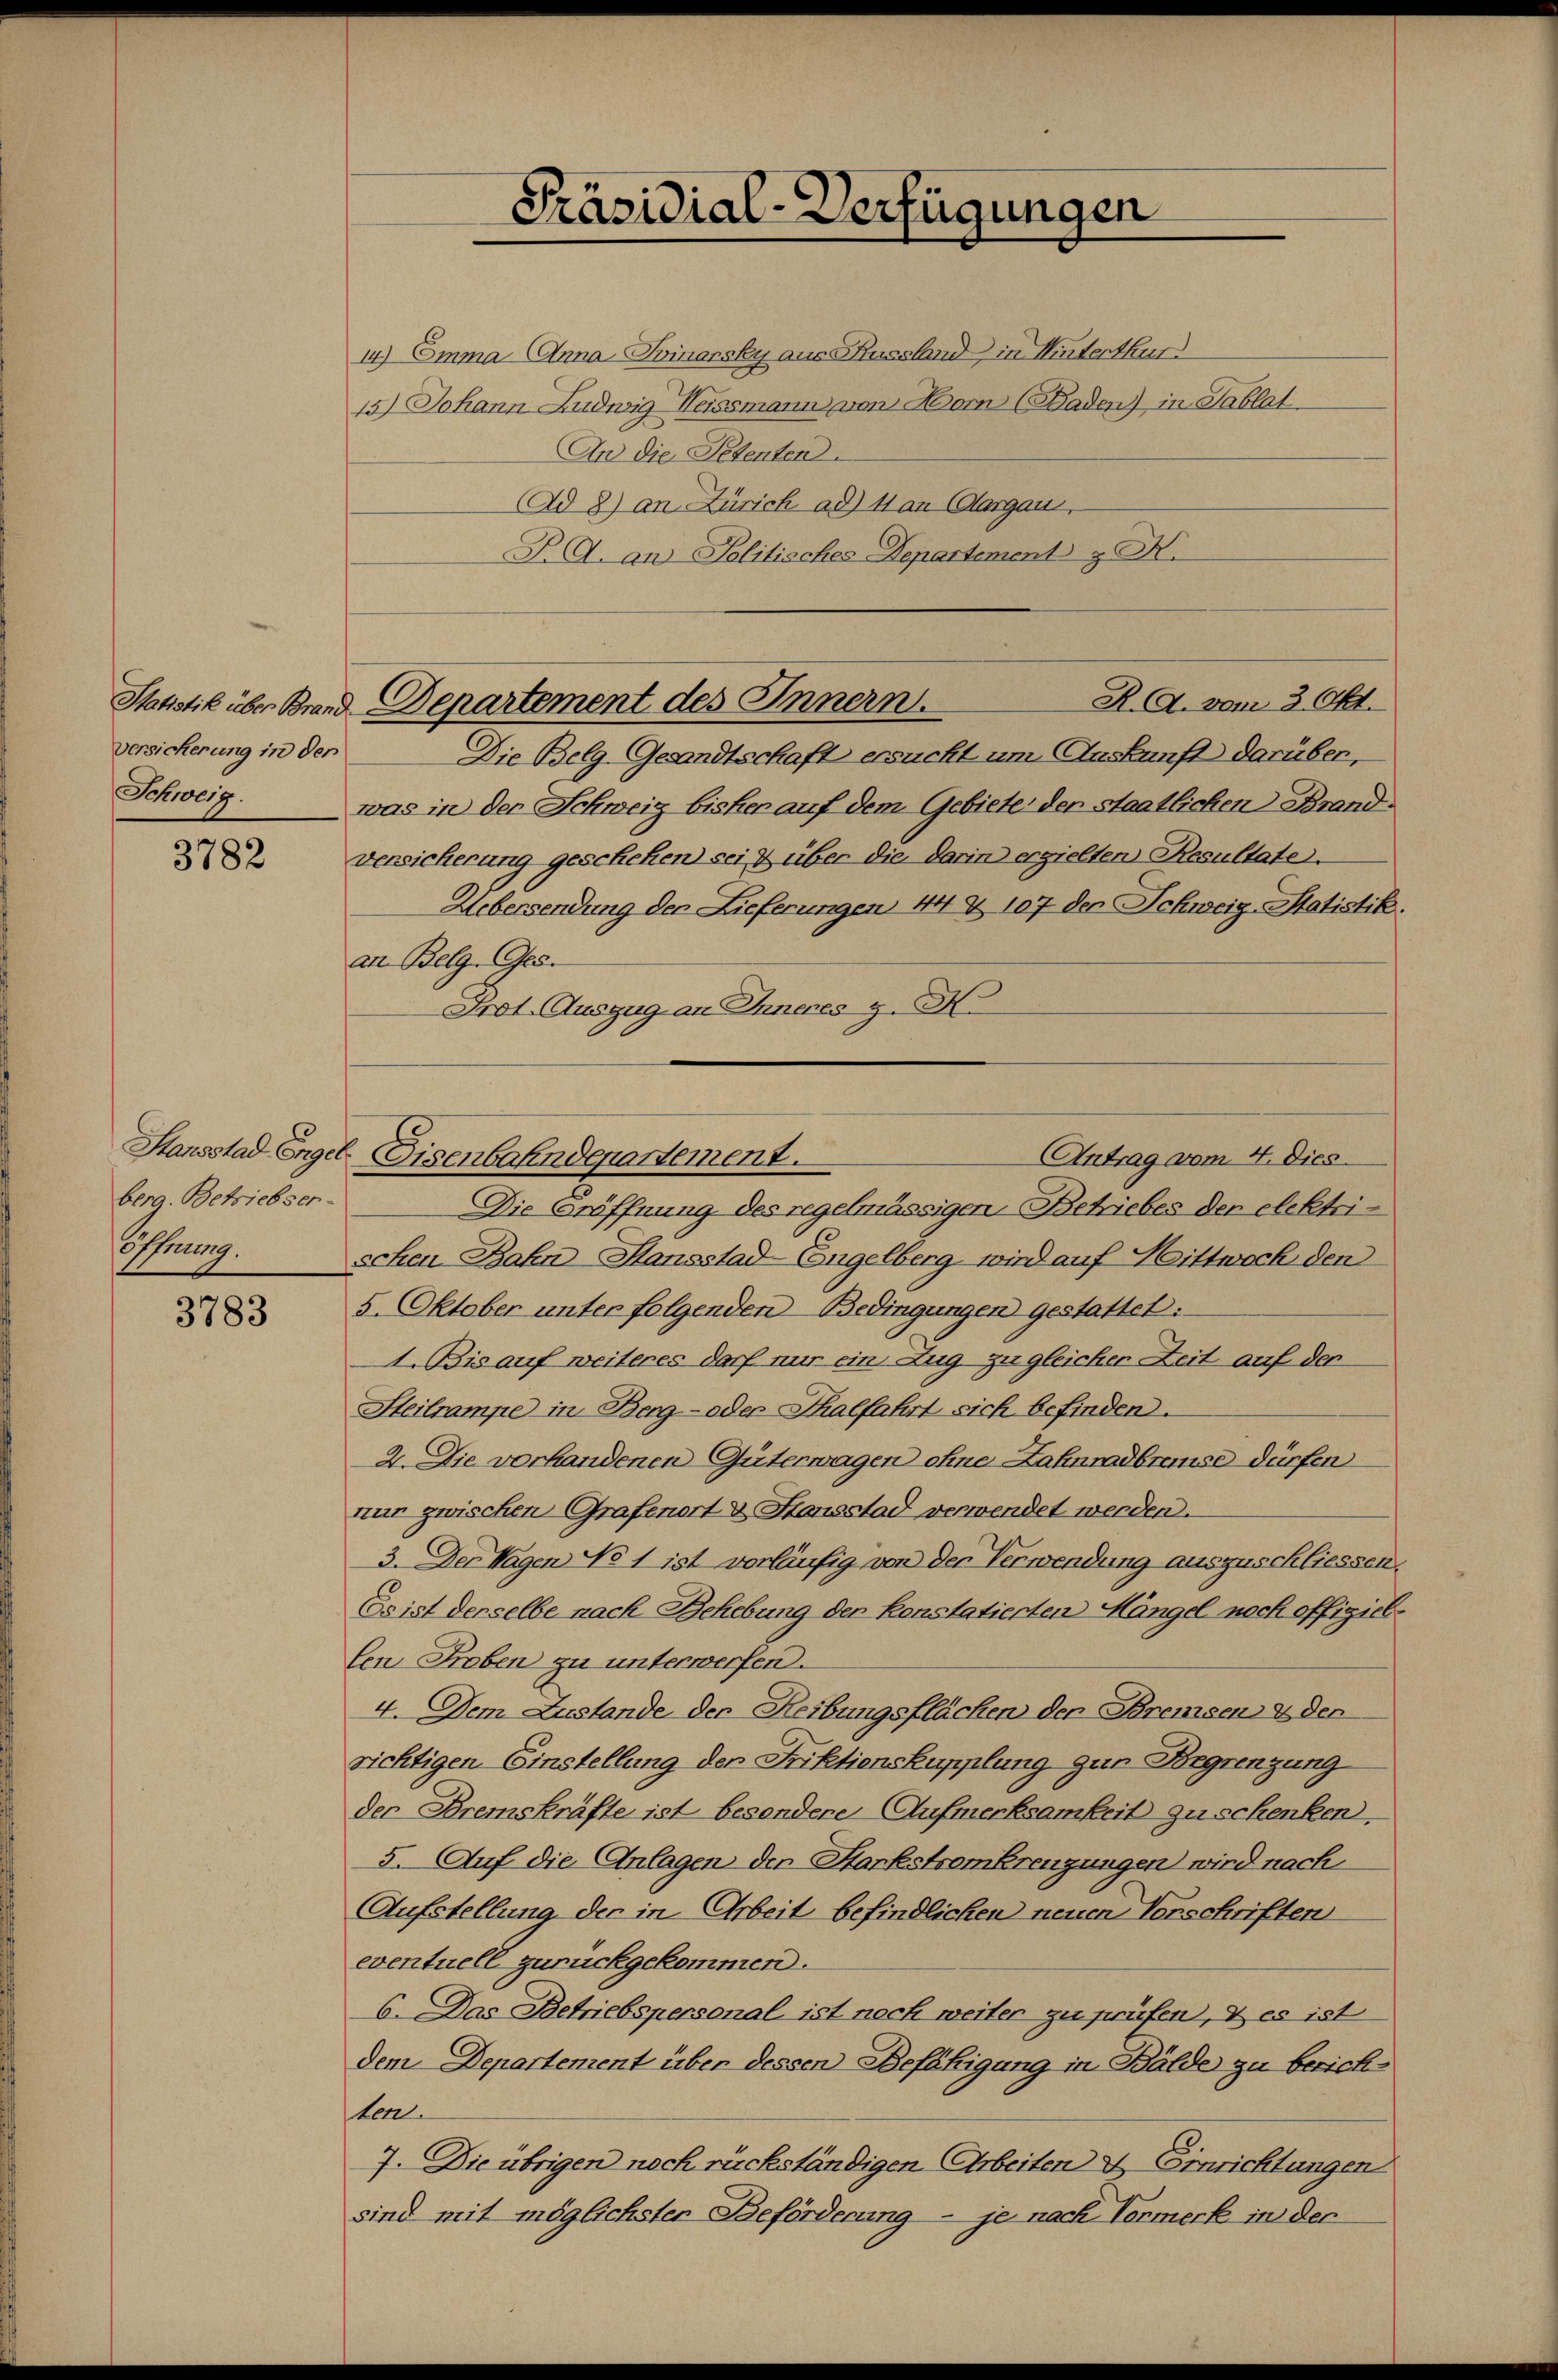
Statistik über Brand
Versicherung in den
Schweiz.

3782

Hansstad Enger
berg. Betriebser-
offnung.

3783

14) Emma Anna Finansky aus Kussland in Winterthur
15.) Johann Ludwig Weissmann von Horn (Baden) in Tablat
An die Petenten.
Ad 8) an Zürich ad 11 an (Aargau.
F. A. an Politisches Departement H.

Präsidial-Verfügungen

R. A. vom 3. Okt.
Departement des Innern.

Antrag vom 4. Dies
Eisenbahndepartement.

Die Belg-Gesandtschaft ersucht um Auskunft darüber,
was in der Schweiz bisher auf dem Gebiete der Staatlichen Brandversicherung geschehen) sei & über die darin erzielten Resultate.
Uebersendung der Lieferungen 44 & 107 der Schweig-Matistik
an Belg. Ges.
Frot. Auszug an Inneres z. H.
Die Eröffnung des regelmässigen Betriebes der elektrischen Bahn Hansstad-Engelberg wird auf Mittwoch den
5. Oktober unter folgenden Bedingungen gestattet:
1. Bis auf weiteres darf nur ein Zug zu gleicher Zeit auf der
Hteilrampe in Berg- oder Thalfahrt sich befinden.
2. Die vorhandenen Güterwagen ohne Zahnradbreise dürfen
nun zwischen Grafenort & Stonsstad verwendet werden.
3. Der Wagen No 1 ist vorläufig von der Verwendung auszuschliessen.
Es ist derselbe nach Behebung der konstatierten Mängel noch offigiellen Proben zu unterwerfen.
4. Dem Zustande der Reibungsflächen der Bremsen & den
richtigen Einstellung der Friktienskupplung zur Begrenzung
der Bremskräfte ist besondere Aufmerksamkeit zu schenken.
5. Auf die Anlagen der Harkstromkreuzungen wird nach
Aufstellung der in Arbeit befindlichen neuen Vorschriften
eventuell zurückgekommen.
6. Das Betriebspersonal ist nach weiter zu prüfen, & es ist
dem Departement über dessen Befähigung in Bälde zu berichten.
7. Die übrigen noch rückständigen Arbeiten & Einrichtungen
sind mit möglichsten Beförderung - je nach Vormerk in den

.